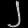
Digit: ၂